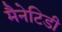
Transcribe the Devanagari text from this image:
मैनेटिडी